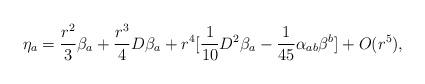
LaTeX: \begin{align*} \eta_a = \frac{r^2}{3} \beta_a +\frac{r^3}{4} D\beta_a +r^4 [\frac{1}{10} D^2 \beta_a -\frac{1}{45} \alpha_{ab} \beta^b ] +O(r^5), \end{align*}